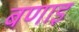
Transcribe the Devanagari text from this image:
बणाइ